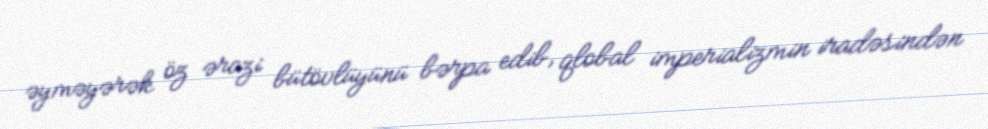
əyməyərək öz ərazi bütövlüyünü bərpa edib, qlobal imperializmin iradəsindən